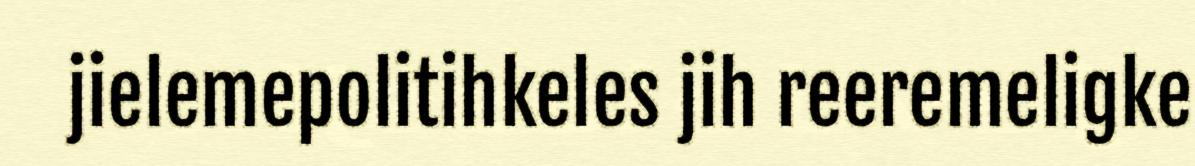
jielemepolitihkeles jih reeremeligke